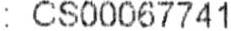
: CS00067741